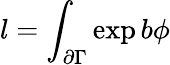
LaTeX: l=\int_{\partial\Gamma}\exp b\phi